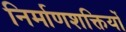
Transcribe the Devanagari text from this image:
निर्माणशक्तियों